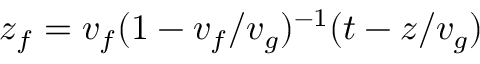
z _ { f } = v _ { f } ( 1 - v _ { f } / v _ { g } ) ^ { - 1 } ( t - z / v _ { g } )